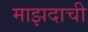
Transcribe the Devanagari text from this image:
माझदाची